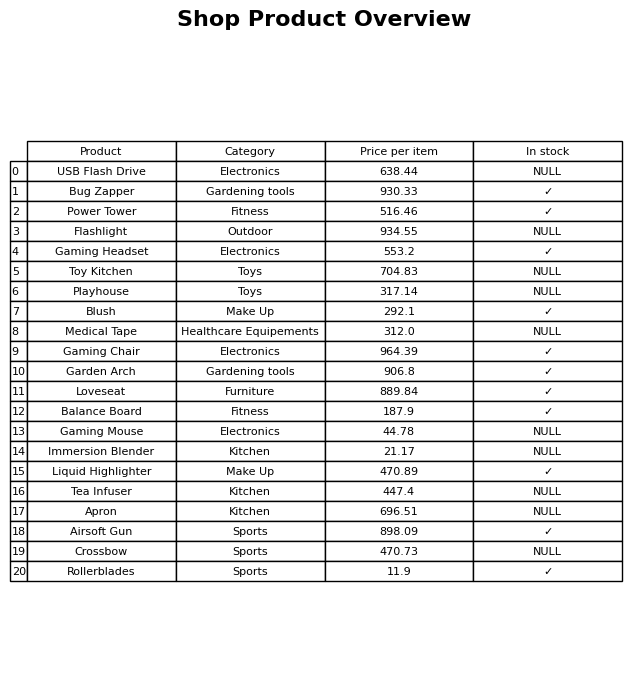
question: What is the stock status of the Apron?
answer: NULL